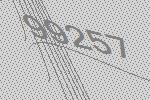
99257